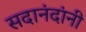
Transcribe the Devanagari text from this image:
सदानंदांनी